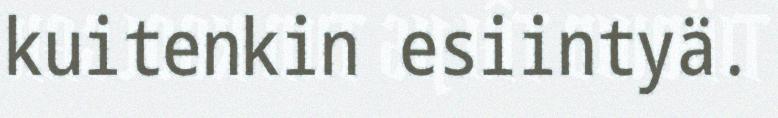
kuitenkin esiintyä.